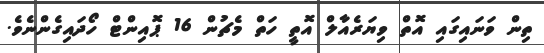
ތިން ވަނައިގައި އޮތް ވިޔަރެއާލް އޮތީ ހަތް މެޗުން 16 ޕޮއިންޓް ހޯދައިގެންނެވެ.